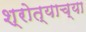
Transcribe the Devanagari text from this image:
श्रोत्याच्या